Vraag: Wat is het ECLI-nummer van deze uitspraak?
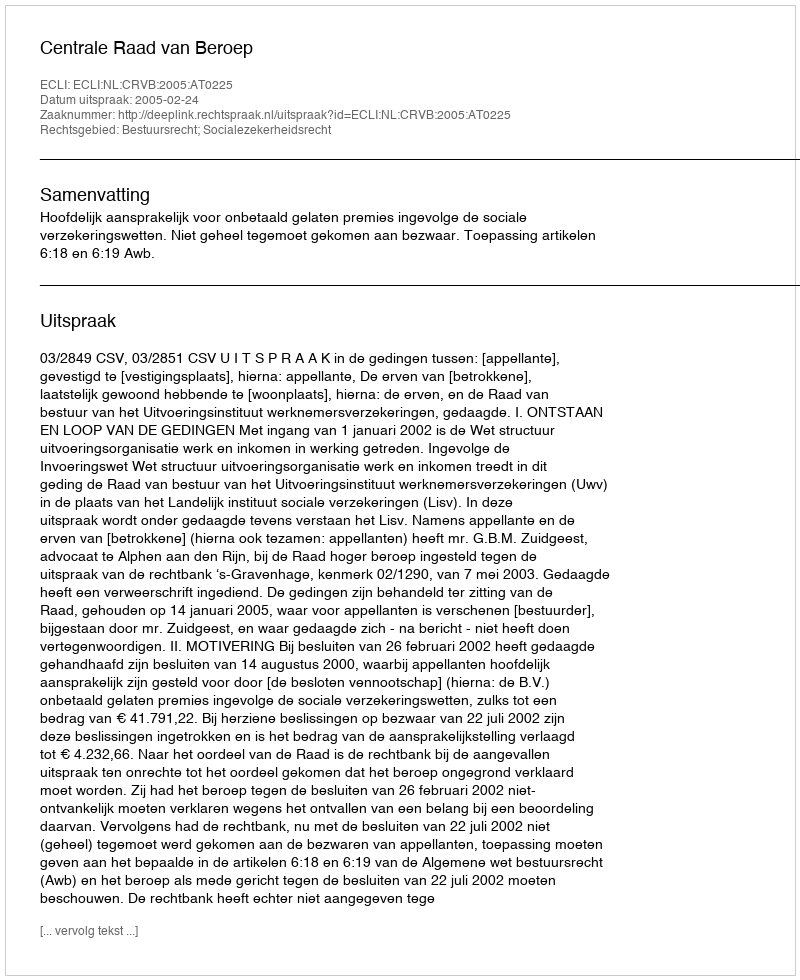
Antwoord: ECLI:NL:CRVB:2005:AT0225